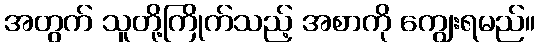
အတွက် သူတို့ကြိုက်သည့် အစာကို ကျွေးရမည်။